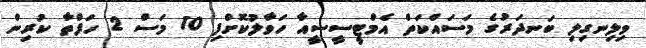
ވިލިނގިލި ބަނދަރުގެ މަސައްކަތް އެމްޓީސީސީއާ ހަވާލުކޮށްފި 10 މަސް 2 ހަފްތާ ކުރިން